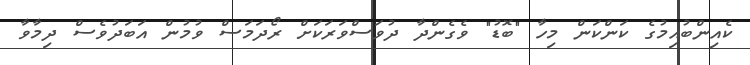
ކެއިންބުއިމުގެ ކަންކަން މިހާ "ބޮޑު" ވެގެންދާ ދުވަސްވަރަކަށް ރޯދަމަސް ވުމުން އަބަދުވެސް ދިމާވާ